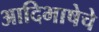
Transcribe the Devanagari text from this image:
आदिभाषेचे